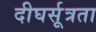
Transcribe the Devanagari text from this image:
दीघर्सूत्रता